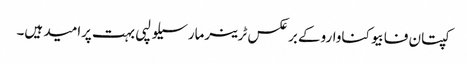
کپتان فابیوکناواروکے برعکس ٹرینرمارسیلو لپی بہت پرامید ہیں۔